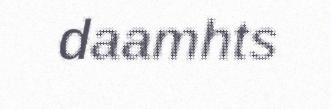
daamhts